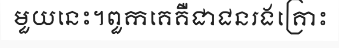
មួយនេះ។ពួកគេគឺជាជនរងគ្រោះ